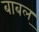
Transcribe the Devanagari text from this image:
बाबल्